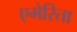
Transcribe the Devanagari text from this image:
एमेरिता